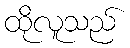
ထိုလူသည်